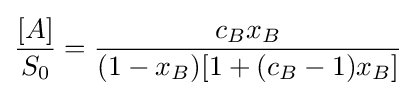
{\frac {[A]}{S_{0}}}={\frac {c_{B}x_{B}}{(1-x_{B})[1+(c_{B}-1)x_{B}]}}